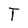
Character: T